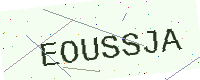
Text: EOUSSJA